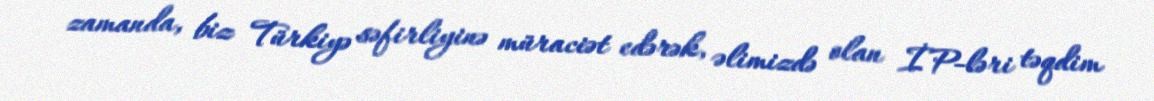
zamanda, biz Türkiyə səfirliyinə müraciət edərək, əlimizdə olan İP-ləri təqdim